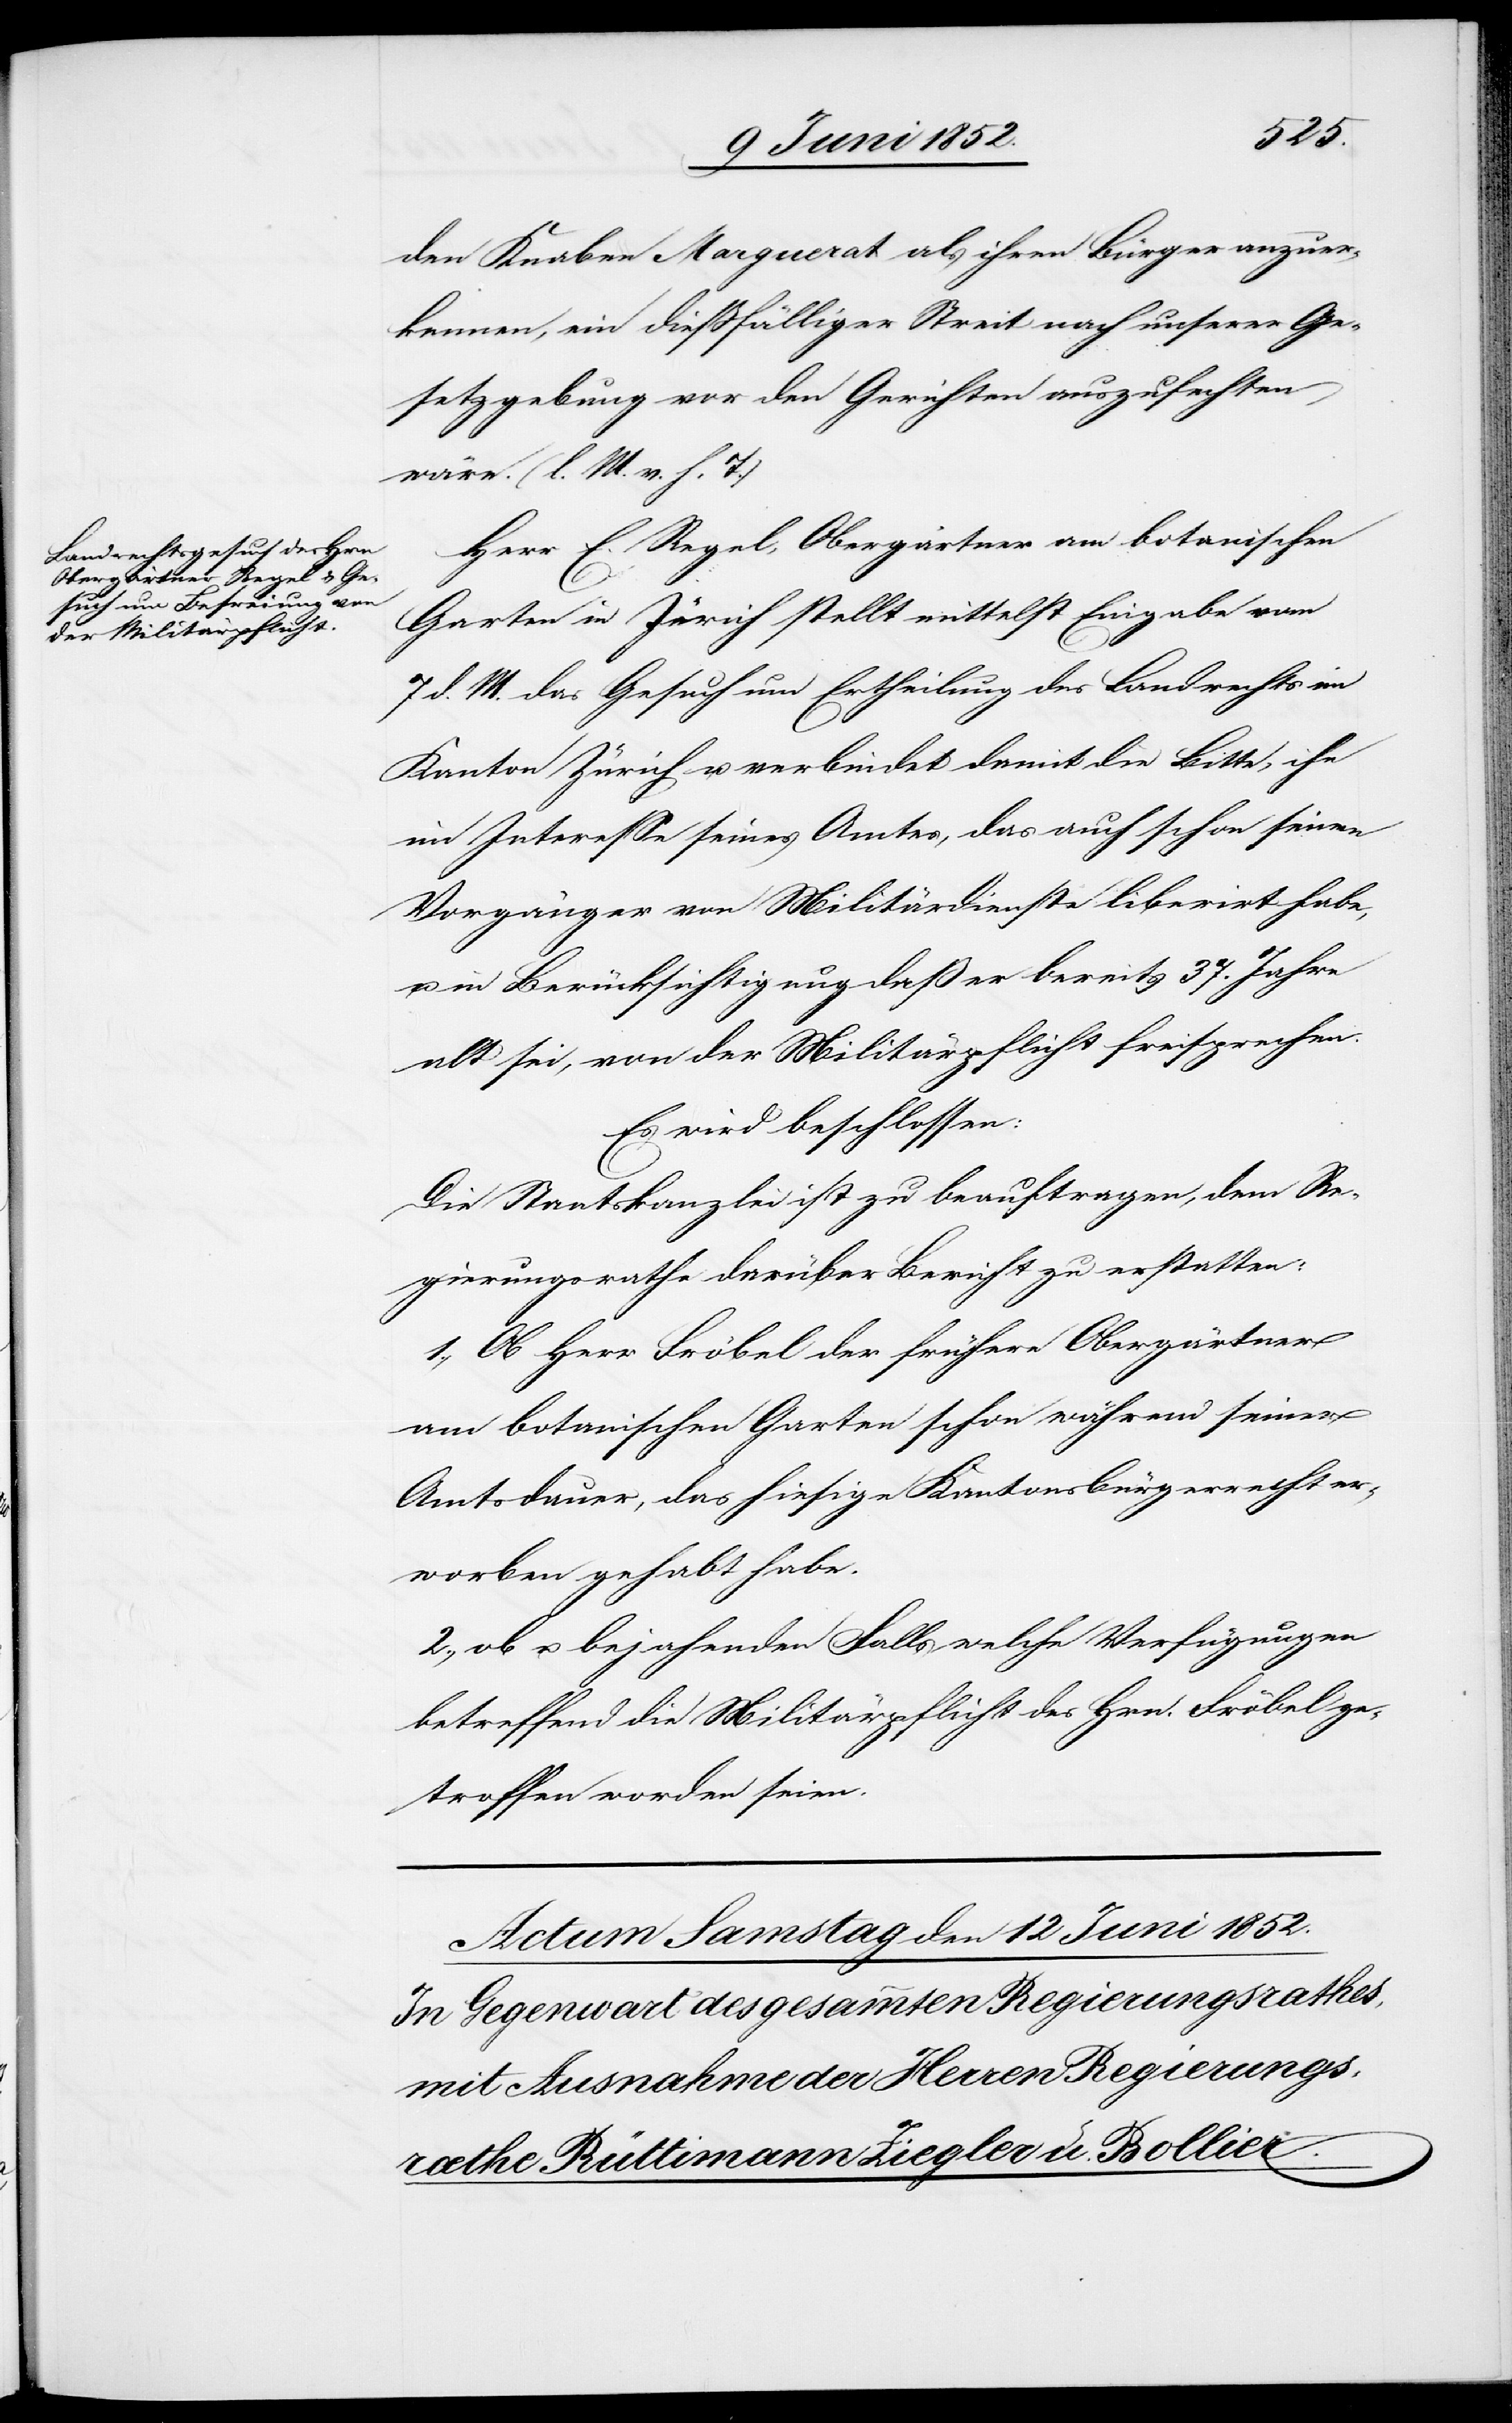
den Knaben Marguerat als ihren Bürger anzuer¬
kennen, ein diessfälliger Streit nach unserer Ge¬
setzgebung vor den Gerichten auszufechten
wäre. (l. M. v. h. T.)
Herr E. Regel, Obergärtner am botanischen
Garten in Zürich stellt mittelst Eingabe vom
7 d. M. das Gesuch um Ertheilung des Landrechts im
Kanton Zürich u. verbindet damit die Bitte, ihn
im Interesse seines Amtes, das auch schon seinen
u. in Berücksichtigung daß er bereits 37. Jahre
alt sei, von der Militärpflicht freisprechen.
Es wird beschlossen:
Die Staatskanzlei ist zu beauftragen, dem Re¬
gierungsrathe darüber Bericht zu erstatten:
1., Ob Herr Fröbel der frühere Obergärtner
am botanischen Garten schon während seiner
Amtsdauer, das hiesige Kantonsbürgerrecht er¬
worben gehabt habe.
2., ob u. bejahenden Falls welche Verfügungen
betreffend die Militärpflicht des Hrn. Fröbel ge¬
troffen worden seien.